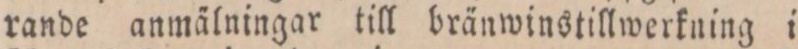
rande anmälningar till bränwinstillwerkning i